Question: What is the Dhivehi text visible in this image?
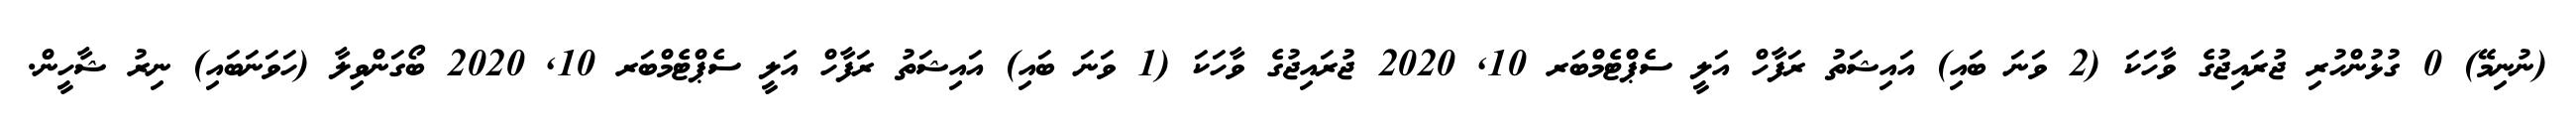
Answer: (ނުނިމޭ) 0 ގުޅުންހުރި ޖުރައިޖުގެ ވާހަކަ (2 ވަނަ ބައި) އައިޝަތު ރަފާހް އަލީ ސެޕްޓެމްބަރ 10, 2020 ޖުރައިޖުގެ ވާހަކަ (1 ވަނަ ބައި) އައިޝަތު ރަފާހް އަލީ ސެޕްޓެމްބަރ 10, 2020 ބޯގަންވިލާ (ހަވަނަބައި) ނިރު ޝާހީން.